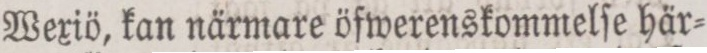
Wexiö, kan närmare öfwerenskommelſe här=